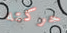
حركته